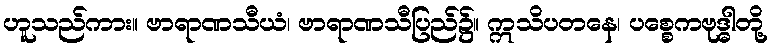
ဟူသည်ကား။ ဗာရာဏသီယံ၊ ဗာရာဏသီပြည်၌။ ဣသိပတနေ၊ ပစ္စေကဗုဒ္ဓါတို့